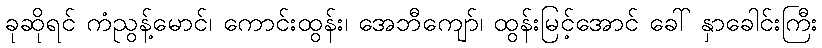
ခုဆိုရင် ကံညွန့်မောင်၊ ကောင်းထွန်း၊ အေဘီကျော်၊ ထွန်းမြင့်အောင် ခေါ် နှာခေါင်းကြီး